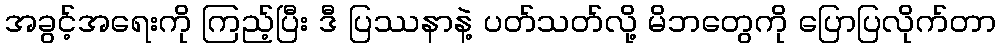
အခွင့်အရေးကို ကြည့်ပြီး ဒီ ပြဿနာနဲ့ ပတ်သတ်လို့ မိဘတွေကို ပြောပြလိုက်တာ